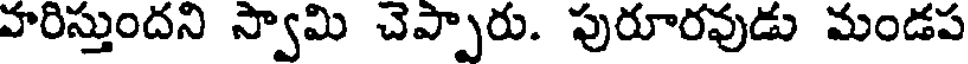
వారిస్తుందని స్వామి చెప్పారు. పురూరవుడు మండప